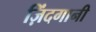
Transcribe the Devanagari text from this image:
ज़िंदगानी